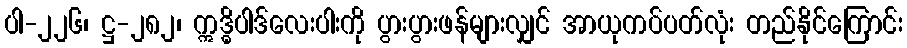
ပါ-၂၂၆၊ ဋ္ဌ-၂၈၂၊ ဣဒ္ဓိပါဒ်လေးပါးကို ပွားပွားဖန်များလျှင် အာယုကပ်ပတ်လုံး တည်နိုင်ကြောင်း